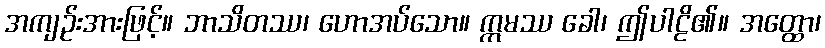
အကျဉ်းအားဖြင့်။ ဘာသိတဿ၊ ဟောအပ်သော။ ဣမဿ ခေါ၊ ဤပါဠိ၏။ အတ္ထော၊